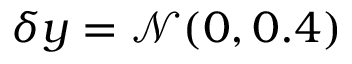
\delta y = \mathcal { N } ( 0 , 0 . 4 )